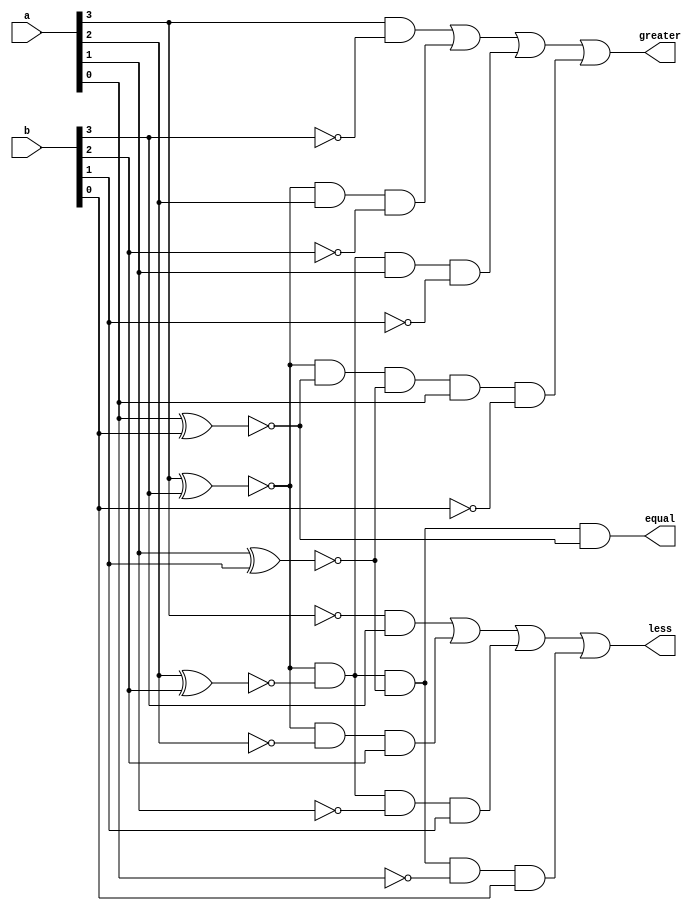
module comp (
input [3:0]a,b,
output less,greater,equal
	);

wire x3,x2,x1,x0;

xnor (x3,a[3],b[3]);
xnor (x2,a[2],b[2]);
xnor (x1,a[1],b[1]);
xnor (x0,a[0],b[0]);
and (equal, x3,x2,x1,x0);

assign greater = a[3]&!b[3] | x3&a[2]&!b[2] | x3&x2&a[1]&!b[1] | x3&x0&x1&a[0]&!b[0];

assign less = !a[3]&b[3] | x3&!a[2]&b[2] | x3&x2&!a[1]&b[1] | x3&x2&x1&!a[0]&b[0];


endmodule